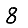
Digit: 8